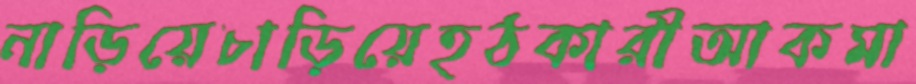
নাড়িয়েচাড়িয়েহঠকারীআকমা